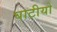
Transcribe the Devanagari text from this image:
घाटीयो